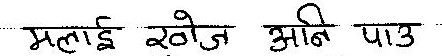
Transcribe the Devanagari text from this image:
मलाई खोज अनि पाउ